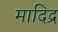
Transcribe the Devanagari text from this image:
मादिद्र